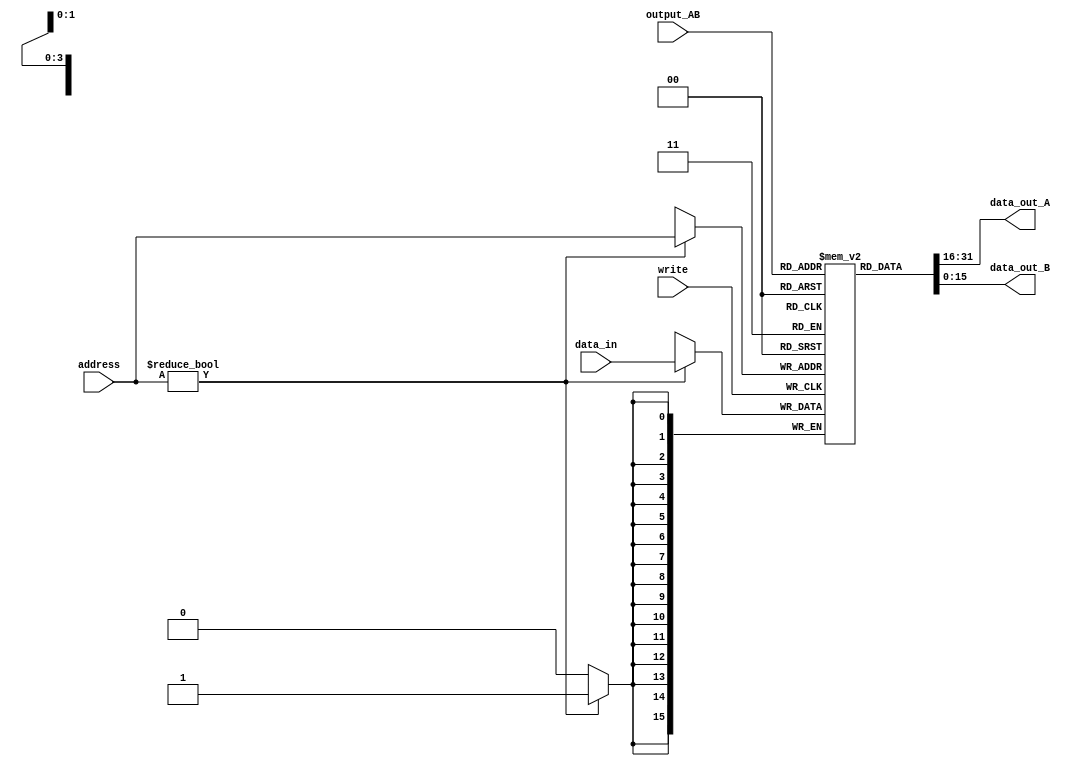
module Register_Group(
    output [15 : 0] data_out_A,
    output [15 : 0] data_out_B,
	 input write,
    input [3 : 0] address,
    input [7 : 0] output_AB,
    input [15 : 0] data_in
    );

	reg [15 : 0] register [15 : 0];	// R0 for zero, R1~R7 are normal reg, R2 for RA, R15 for SP, R14 for T, R13 for IH
	
	initial
	begin
		register[0] <= 0;
	end
	
	assign data_out_A = register[output_AB[7 : 4]];
	assign data_out_B = register[output_AB[3 : 0]];
	
	always @(posedge write)	// R0 for zero, so write != 0 means pipeline needs to WB
	begin
		if (address != 0)
		begin
			register[address] <= data_in;
		end
		// register[0] = 0;
	end

endmodule